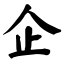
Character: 企